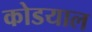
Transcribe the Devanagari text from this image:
कोडयाल